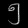
Digit: ၅